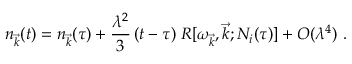
n _ { \vec { k } } ( t ) = n _ { \vec { k } } ( \tau ) + \frac { \lambda ^ { 2 } } { 3 } \, ( t - \tau ) \; { \cal R } [ \omega _ { \vec { k } } , { \vec { k } } ; { \cal N } _ { i } ( \tau ) ] + { \cal O } ( \lambda ^ { 4 } ) ~ .